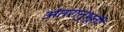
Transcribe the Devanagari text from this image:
अंतरानुभूती